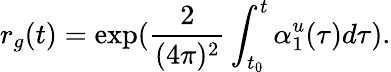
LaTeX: r_{g}(t)=\exp(\frac{2}{(4\pi)^{2}}\int_{t_{0}}^{t}\alpha_{1}^{u}(\tau)d\tau).